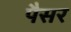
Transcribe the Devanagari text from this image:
पैसर